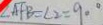
\angle A F B = \angle 2 = 9 0 ^ { \circ }